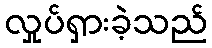
လှုပ်ရှားခဲ့သည်